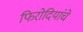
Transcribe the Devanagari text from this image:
फिरोदियांचे